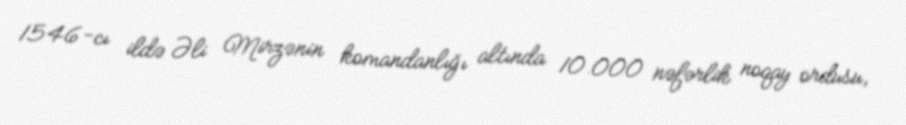
1546-cı ildə Əli Mirzənin komandanlığı altında 10.000 nəfərlik noqay ordusu,